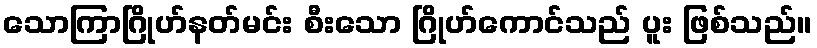
သောကြာဂြိုဟ်နတ်မင်း စီးသော ဂြိုဟ်ကောင်သည် ပူး ဖြစ်သည်။